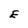
Character: E